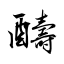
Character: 醻